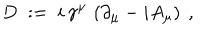
LaTeX: D \; : = \; i \, \gamma ^ { \mu } \, \left( \partial _ { \mu } - i A _ { \mu } \right) \ ,